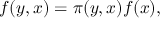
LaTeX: f ( y , x ) = \pi ( y , x ) f ( x ) ,